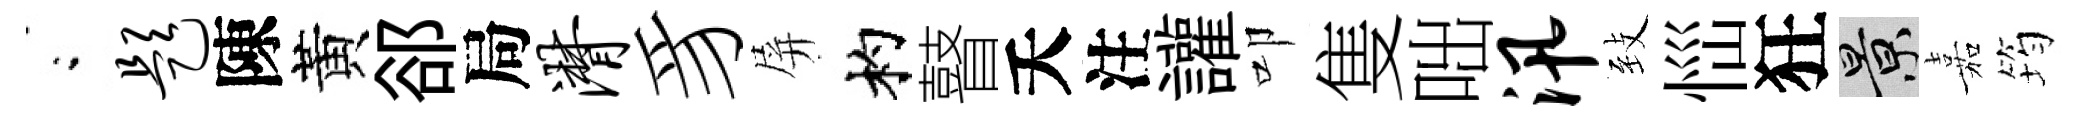
閤题陳黃郤局潸豸屏杓瞽夭注讙叩隻咄汛𦤺𢙉狂景嘉筠